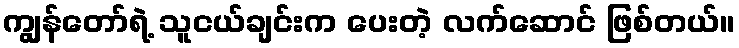
ကျွန်တော်ရဲ့ သူငယ်ချင်းက ပေးတဲ့ လက်ဆောင် ဖြစ်တယ်။